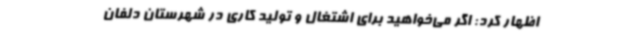
اظهار کرد: اگر می‌خواهید برای اشتغال و تولید کاری در شهرستان دلفان